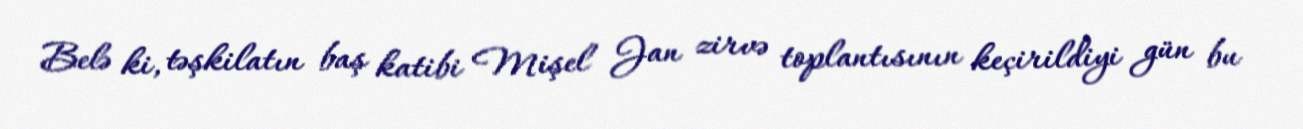
Belə ki, təşkilatın baş katibi Mişel Jan zirvə toplantısının keçirildiyi gün bu